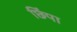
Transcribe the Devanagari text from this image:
छिंपा